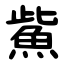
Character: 鮆